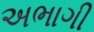
અભાગી